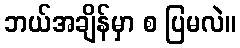
ဘယ်အချိန်မှာ စ ပြမလဲ။